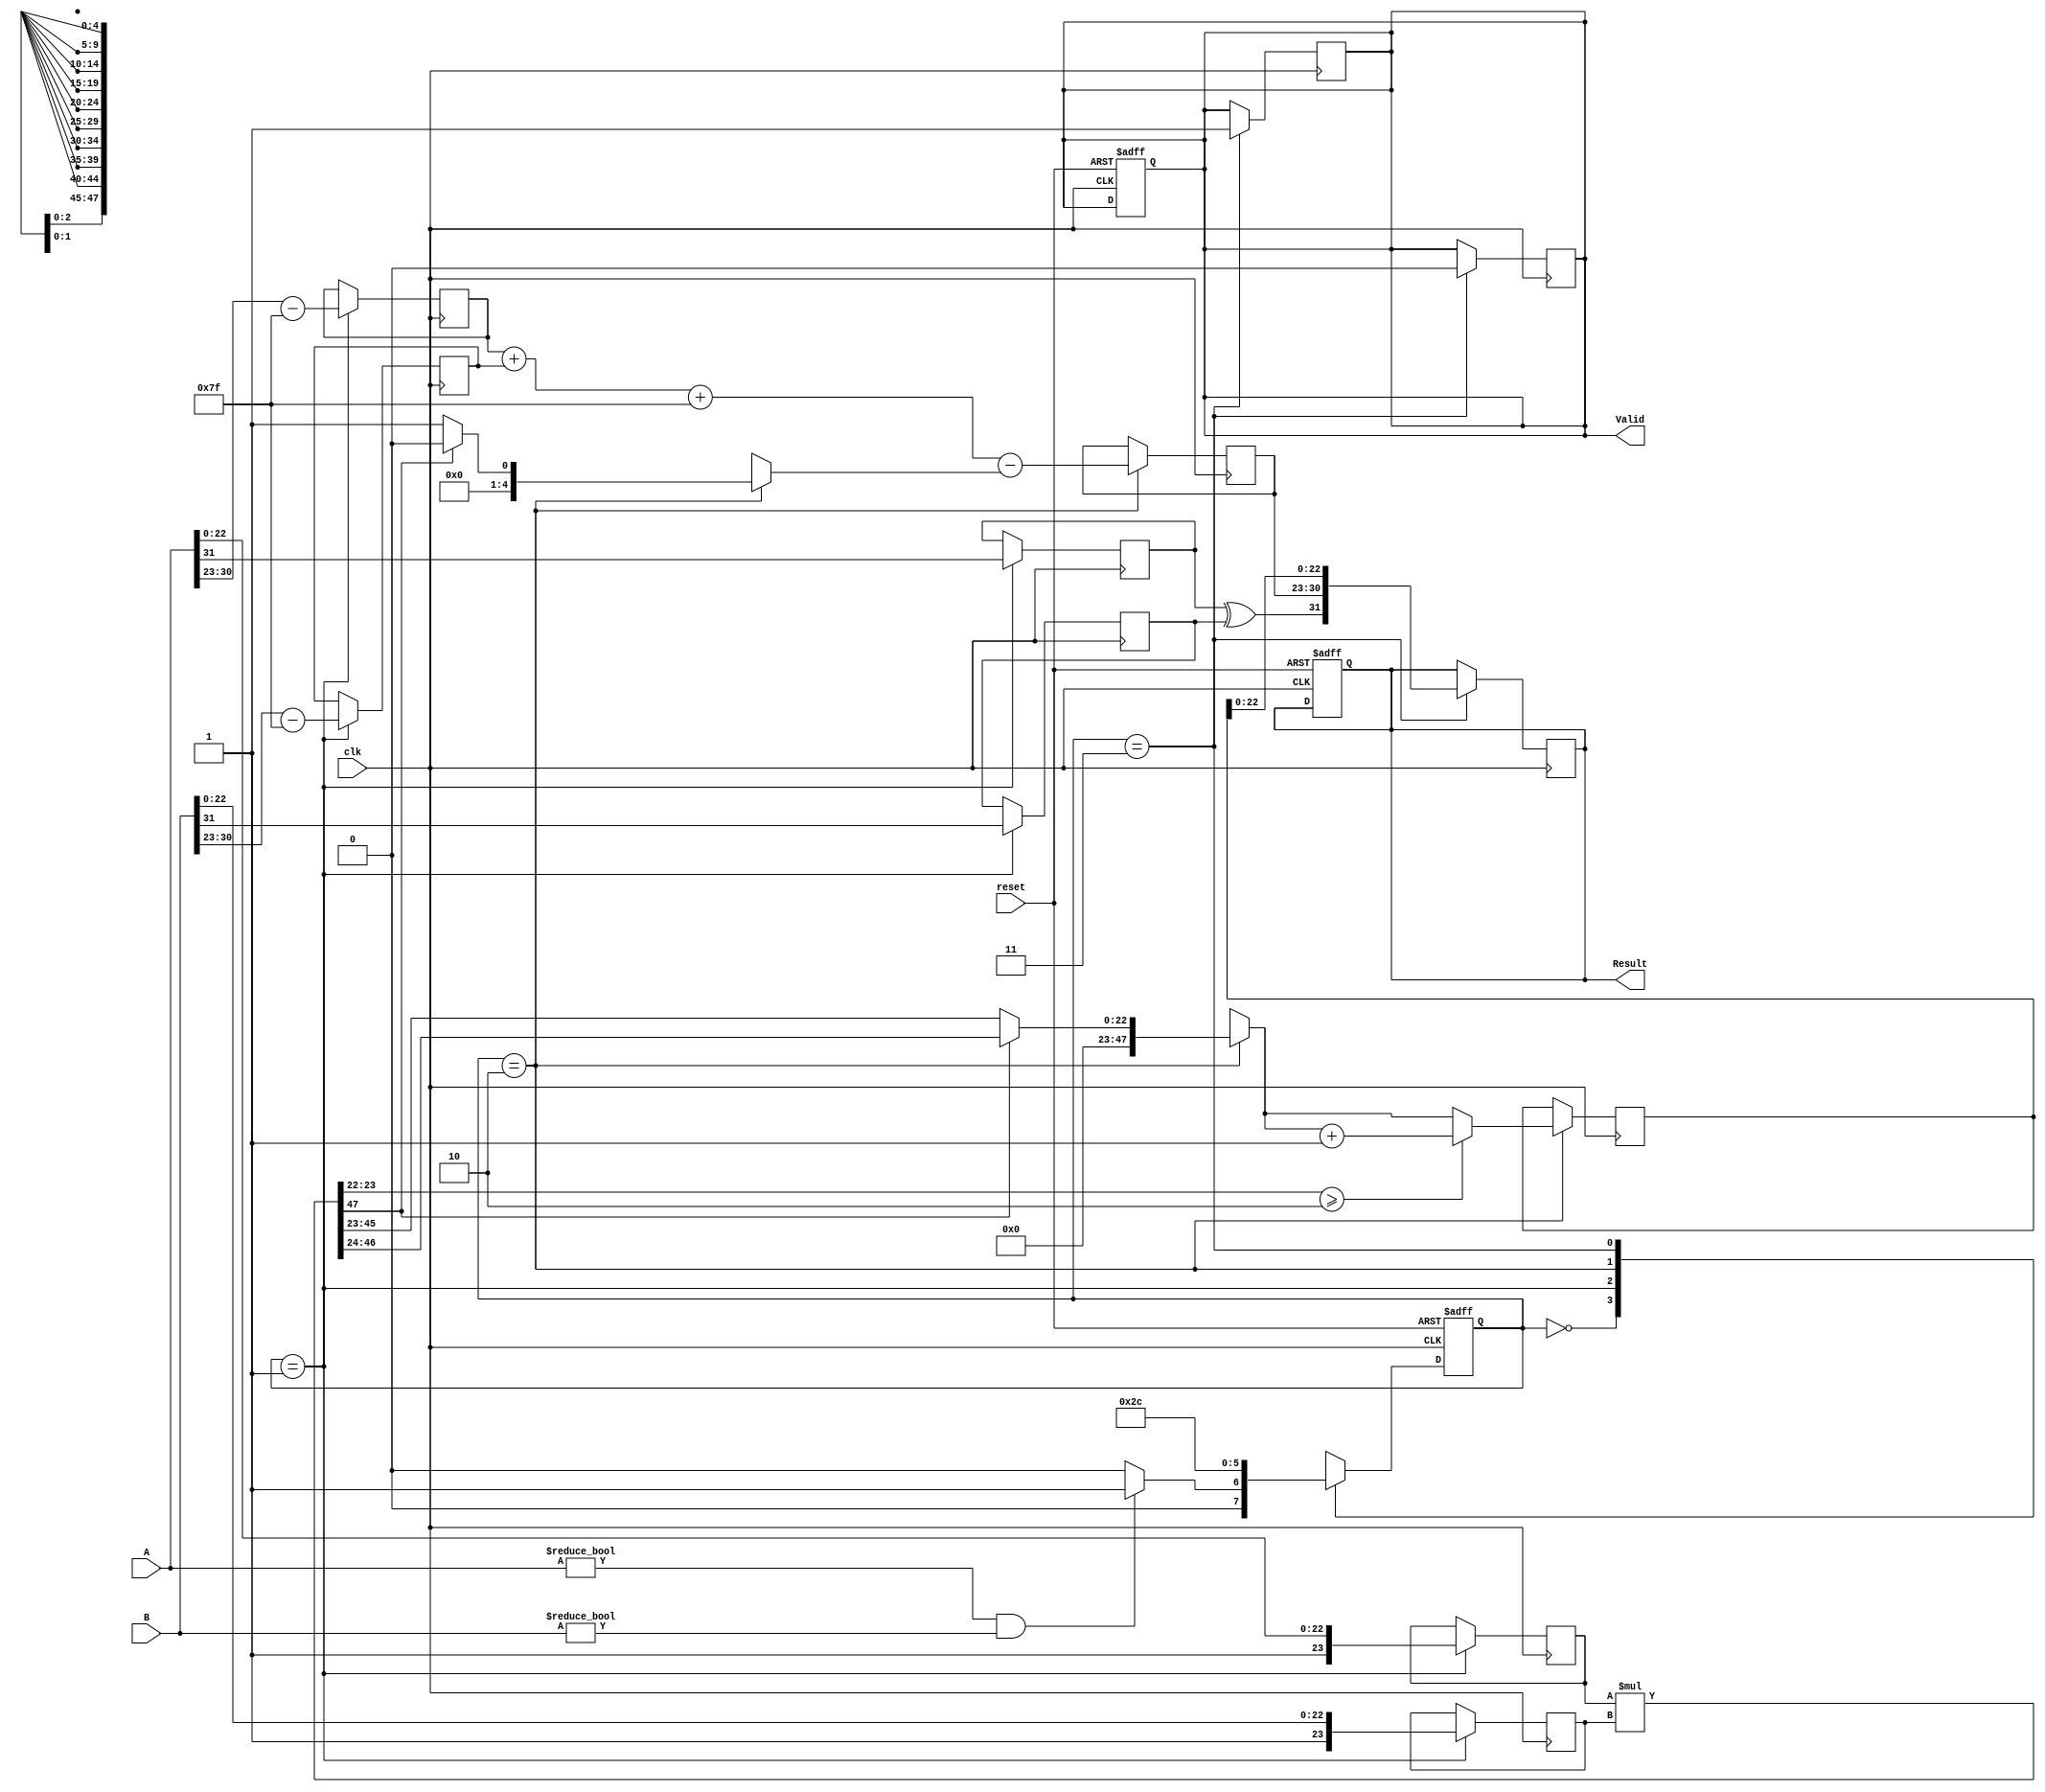
module floating_point_multiplier (
    input wire [31:0] A,       // First floating-point operand
    input wire [31:0] B,       // Second floating-point operand
    input wire clk,            // Clock signal
    input wire reset,          // Asynchronous reset
    output reg [31:0] Result,  // Result of A * B
    output reg Valid           // Valid output signal
);

    // Local parameters for IEEE 754 single precision
    localparam EXPONENT_BIAS = 127;
    localparam EXPONENT_SIZE = 8;
    localparam MANTISSA_SIZE = 23;
    
    // Internal signals
    reg [7:0] exponent_A, exponent_B, exponent_result;
    reg [23:0] mantissa_A, mantissa_B, mantissa_result;
    reg sign_A, sign_B, sign_result;
    reg [47:0] product; // Product of mantissas (23 + 23 bits)
    reg [4:0] shift_count; // For normalization
    reg [47:0] normalized_mantissa; // For normalized mantissa

    // FSM states
    localparam IDLE = 2'b00, EXTRACT = 2'b01, MULTIPLY = 2'b10, OUTPUT = 2'b11;
    reg [1:0] state, next_state;

    // State machine
    always @(posedge clk or posedge reset) begin
        if (reset) begin
            state <= IDLE;
            Result <= 32'b0;
            Valid <= 1'b0;
        end else begin
            state <= next_state;
        end
    end

    // Next state logic
    always @(*) begin
        case (state)
            IDLE: next_state = (A != 32'b0 && B != 32'b0) ? EXTRACT : IDLE;
            EXTRACT: next_state = MULTIPLY;
            MULTIPLY: next_state = OUTPUT;
            OUTPUT: next_state = IDLE;
            default: next_state = IDLE;
        endcase
    end

    // Calculate in each state
    always @(posedge clk) begin
        case (state)
            EXTRACT: begin
                // Extract sign, exponent, and mantissa
                sign_A = A[31];
                sign_B = B[31];
                exponent_A = A[30:23] - EXPONENT_BIAS;
                exponent_B = B[30:23] - EXPONENT_BIAS;
                mantissa_A = {1'b1, A[22:0]}; // Add implicit leading 1
                mantissa_B = {1'b1, B[22:0]}; // Add implicit leading 1
            end

            MULTIPLY: begin
                // Multiply mantissas
                product = mantissa_A * mantissa_B;
                exponent_result = exponent_A + exponent_B + EXPONENT_BIAS;
                
                // Normalize the product
                if (product[47]) begin
                    normalized_mantissa = product[46:24]; // Already normalized
                    shift_count = 0;
                end else begin
                    normalized_mantissa = product[45:23]; // Shift right
                    shift_count = 1;
                end
                // Adjust exponent if necessary
                exponent_result = exponent_result - shift_count;
                
                // Round the mantissa (simple round-to-nearest for now)
                if (product[23:22] >= 2'b10) begin
                    normalized_mantissa = normalized_mantissa + 1;
                end
            end

            OUTPUT: begin
                // Combine results
                sign_result = sign_A ^ sign_B;
                Result = {sign_result, exponent_result[7:0], normalized_mantissa[22:0]};
                Valid = 1'b1;
            end

        endcase
    end

    // Reset valid signal after output is read
    always @(posedge clk) begin
        if (state == OUTPUT) begin
            Valid <= 1'b0;
        end
    end

endmodule